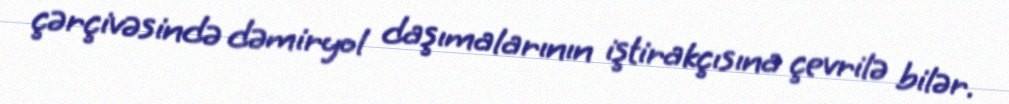
çərçivəsində dəmiryol daşımalarının iştirakçısına çevrilə bilər.